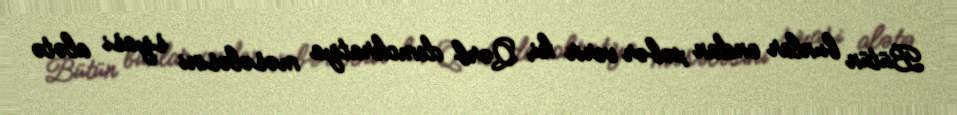
Bütün bunlar ondan xəbər verir ki, Qərb demokratiya məsələsini siyasi alətə